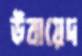
উবায়েদ